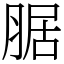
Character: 腒